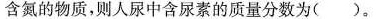
含氮的物质，则人尿中含尿素的质量分数为( )。